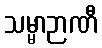
သမ္မာဉာဏီ